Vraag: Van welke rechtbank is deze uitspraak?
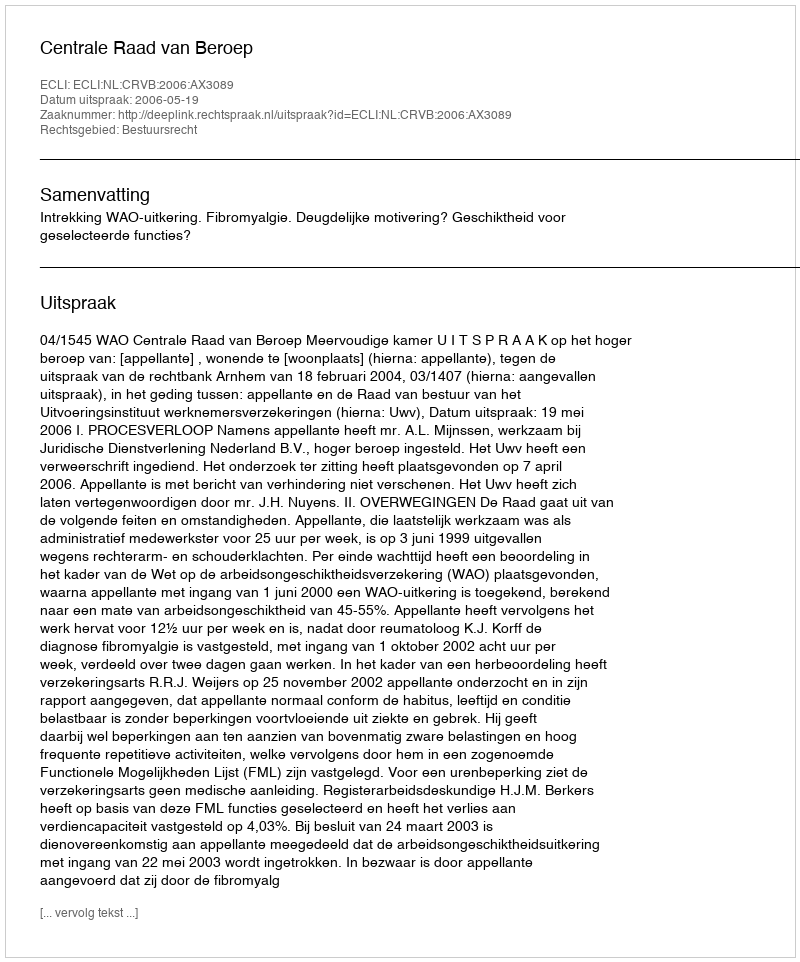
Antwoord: Centrale Raad van Beroep